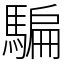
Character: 騙